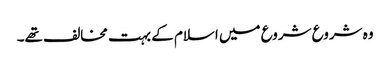
وہ شروع شروع میں اسلام کے بہت مخالف تھے۔